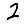
Digit: 2